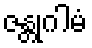
ဇန္တုဂါမံ